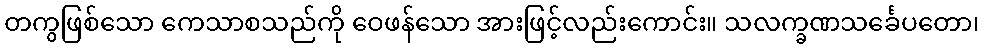
တကွဖြစ်သော ကေသာစသည်ကို ဝေဖန်သော အားဖြင့်လည်းကောင်း။ သလက္ခဏသင်္ခေပတော၊